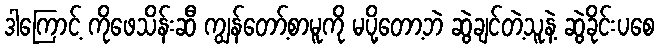
ဒါကြောင့် ကိုဖေသိန်းဆီ ကျွန်တော့်စာမူကို မပို့တော့ဘဲ ဆွဲချင်တဲ့သူနဲ့ ဆွဲခိုင်းပစေ